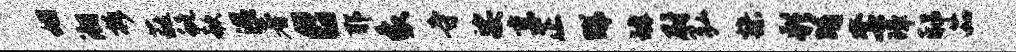
姻湘拆蕤蜒欷湿著c耶象寺娑京正睇罅尉弘操彩晡套璋邸茹